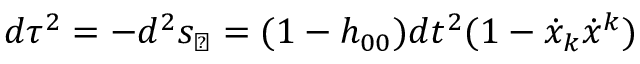
d \tau ^ { 2 } = - d ^ { 2 } s _ { \perp } = ( 1 - h _ { 0 0 } ) d t ^ { 2 } ( 1 - \dot { x } _ { k } \dot { x } ^ { k } )